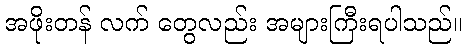
အဖိုးတန် လက် တွေလည်း အများကြီးရပါသည်။